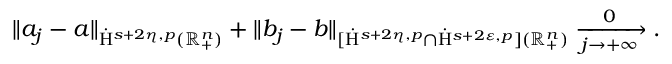
\begin{array} { r } { \lVert a _ { j } - a \rVert _ { \dot { \mathrm { H } } ^ { s + 2 \eta , p } ( \mathbb { R } _ { + } ^ { n } ) } + \lVert b _ { j } - b \rVert _ { [ \dot { \mathrm { H } } ^ { s + 2 \eta , p } \cap \dot { \mathrm { H } } ^ { s + 2 \varepsilon , p } ] ( \mathbb { R } _ { + } ^ { n } ) } \xrightarrow [ j \rightarrow + \infty ] 0 \mathrm { . ~ } } \end{array}